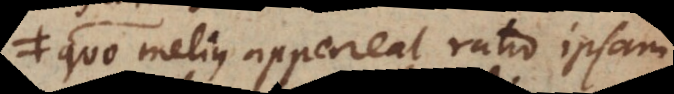
quo melius appareat ratio ipsam